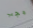
يجب